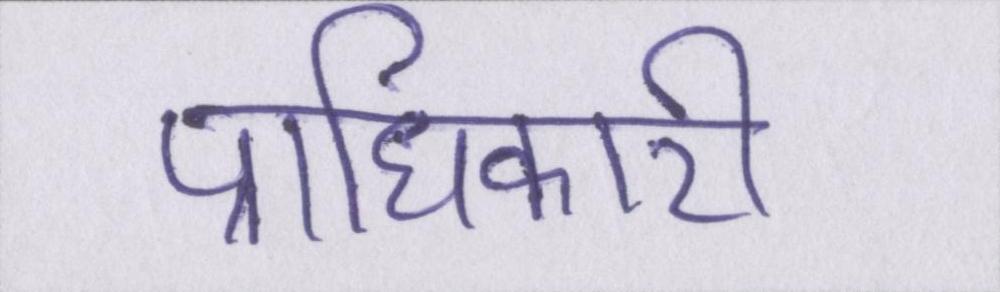
प्राधिकारी